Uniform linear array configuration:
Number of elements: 4
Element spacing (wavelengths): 0.75
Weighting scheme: cosine
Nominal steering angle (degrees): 30
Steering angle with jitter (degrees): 31.112
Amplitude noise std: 0.05
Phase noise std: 0.05

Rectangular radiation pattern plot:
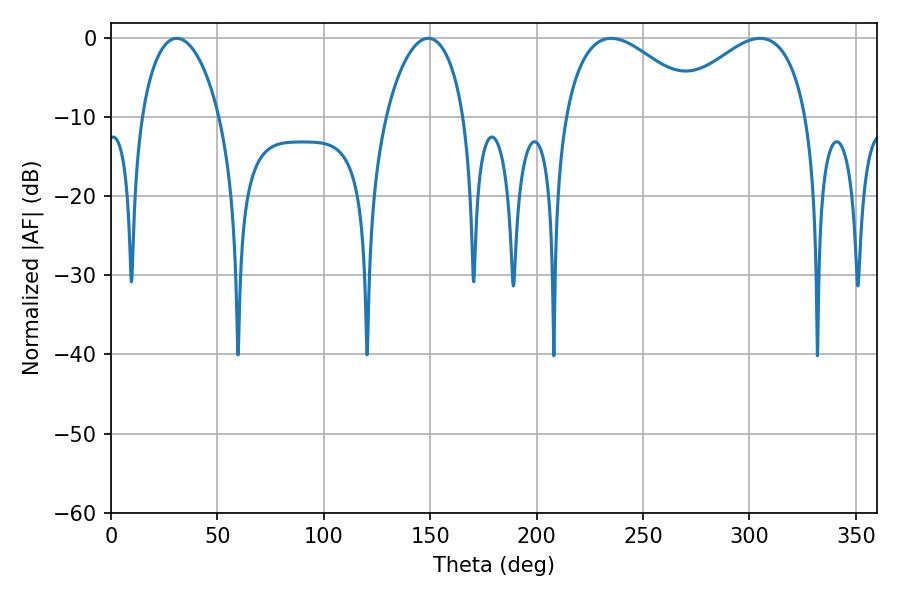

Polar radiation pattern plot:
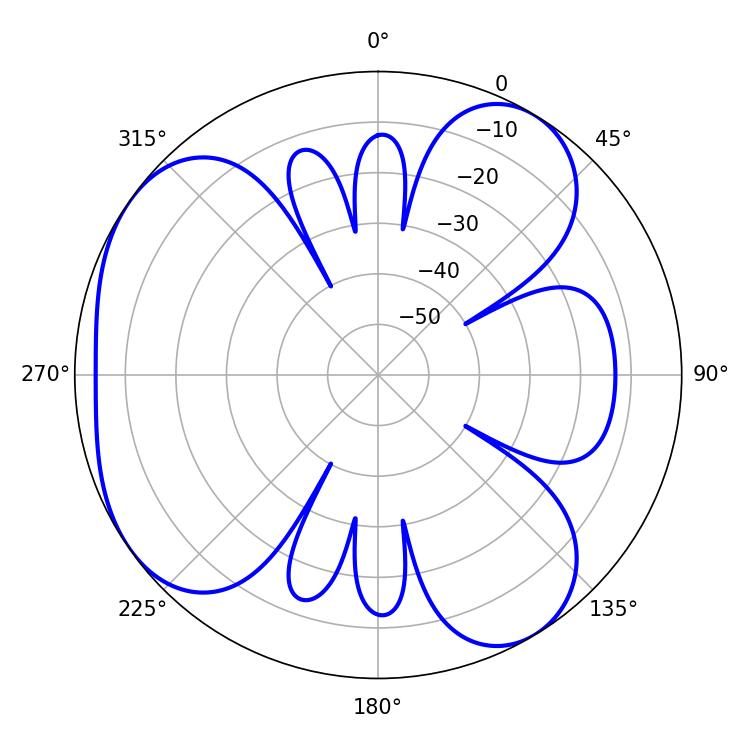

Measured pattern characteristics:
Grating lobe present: TRUE
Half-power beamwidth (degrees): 35.64
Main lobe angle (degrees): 235.08